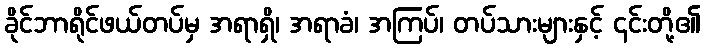
ခိုင်ဘာရိုင်ဖယ်တပ်မှ အရာရှိ၊ အရာခံ၊ အကြပ်၊ တပ်သားများနှင့် ၎င်းတို့၏